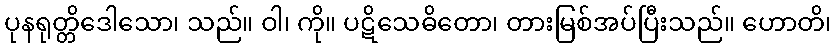
ပုနရုတ္တိဒေါသော၊ သည်။ ဝါ၊ ကို။ ပဋိသေဓိတော၊ တားမြစ်အပ်ပြီးသည်။ ဟောတိ၊